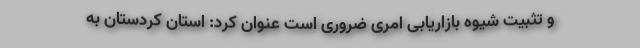
و تثبیت شیوه بازاریابی امری ضروری است عنوان کرد: استان کردستان به